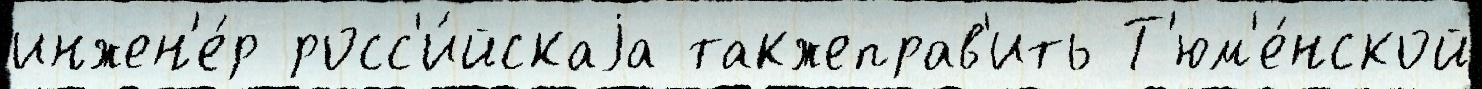
инжен'е́р росс'и́йскаjа такжеправ'ить Т'юм'е́нской